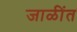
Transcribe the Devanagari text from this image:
जाळींत